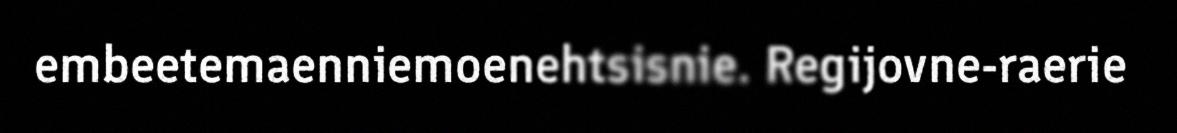
embeetemaenniemoenehtsisnie. Regijovne-raerie